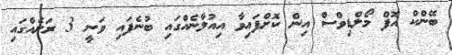
ބޭންކް އޮފް މޯލްޑިވްސް އިން ކޮށްފައިވާ އިއުލާނެއްގައި ބުނެފައި ވަނީ 3 ރަށެއްގައި